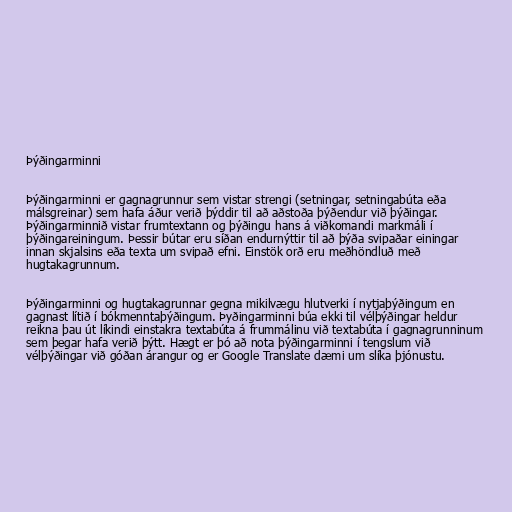
Þýðingarminni

Þýðingarminni er gagnagrunnur sem vistar strengi (setningar, setningabúta eða
málsgreinar) sem hafa áður verið þýddir til að aðstoða þýðendur við þýðingar.
Þýðingarminnið vistar frumtextann og þýðingu hans á viðkomandi markmáli í
þýðingareiningum. Þessir bútar eru síðan endurnýttir til að þýða svipaðar einingar
innan skjalsins eða texta um svipað efni. Einstök orð eru meðhöndluð með
hugtakagrunnum.

Þýðingarminni og hugtakagrunnar gegna mikilvægu hlutverki í nytjaþýðingum en
gagnast lítið í bókmenntaþýðingum. Þyðingarminni búa ekki til vélþýðingar heldur
reikna þau út líkindi einstakra textabúta á frummálinu við textabúta í gagnagrunninum
sem þegar hafa verið þýtt. Hægt er þó að nota þýðingarminni í tengslum við
vélþýðingar við góðan árangur og er Google Translate dæmi um slíka þjónustu.